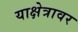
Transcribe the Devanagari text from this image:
याक्षेत्रावर